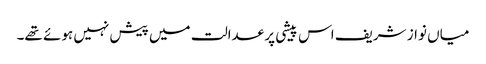
میاں نواز شریف اس پیشی پر عدالت میں پیش نہیں ہوئے تھے۔